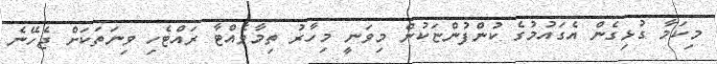
މިކަމާ ގުޅިގެން އެގައުމުގެ ކުންފުންޏަކުން މިވަނީ މިހާރު ތިމާވެއްޓާ ރައްޓެހި ވިނަތަކަށް ޖެހޭނެ